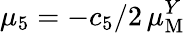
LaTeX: \mu_{5}=-c_{5}/2\, \mu_{\mathrm{M}}^{Y}